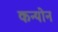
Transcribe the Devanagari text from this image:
कन्योन